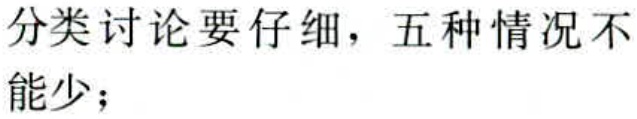
分类讨论要仔细，五种情况不能少；